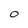
Character: 0